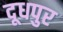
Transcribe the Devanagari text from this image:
दूधपुर